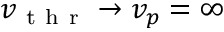
v _ { \mathrm { ~ t ~ h ~ r ~ } } \to v _ { p } = \infty